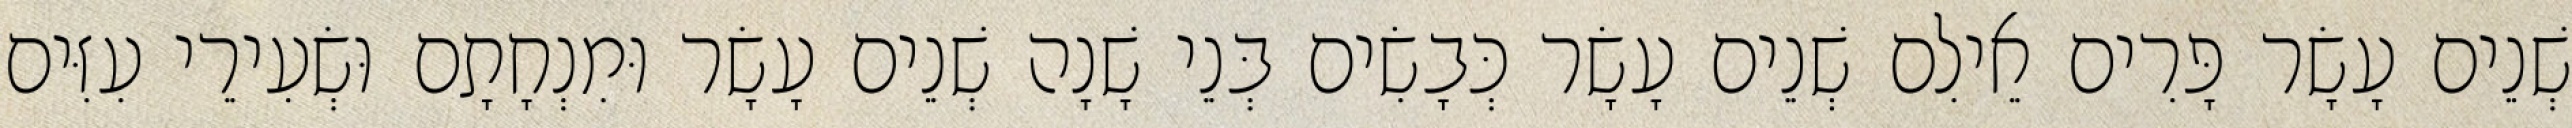
שְׁנֵים עָשָׂר פָּרִים אֵילִם שְׁנֵים עָשָׂר כְּבָשִׂים בְּנֵי שָׁנָה שְׁנֵים עָשָׂר וּמִנְחָתָם וּשְׂעִירֵי עִזִּים